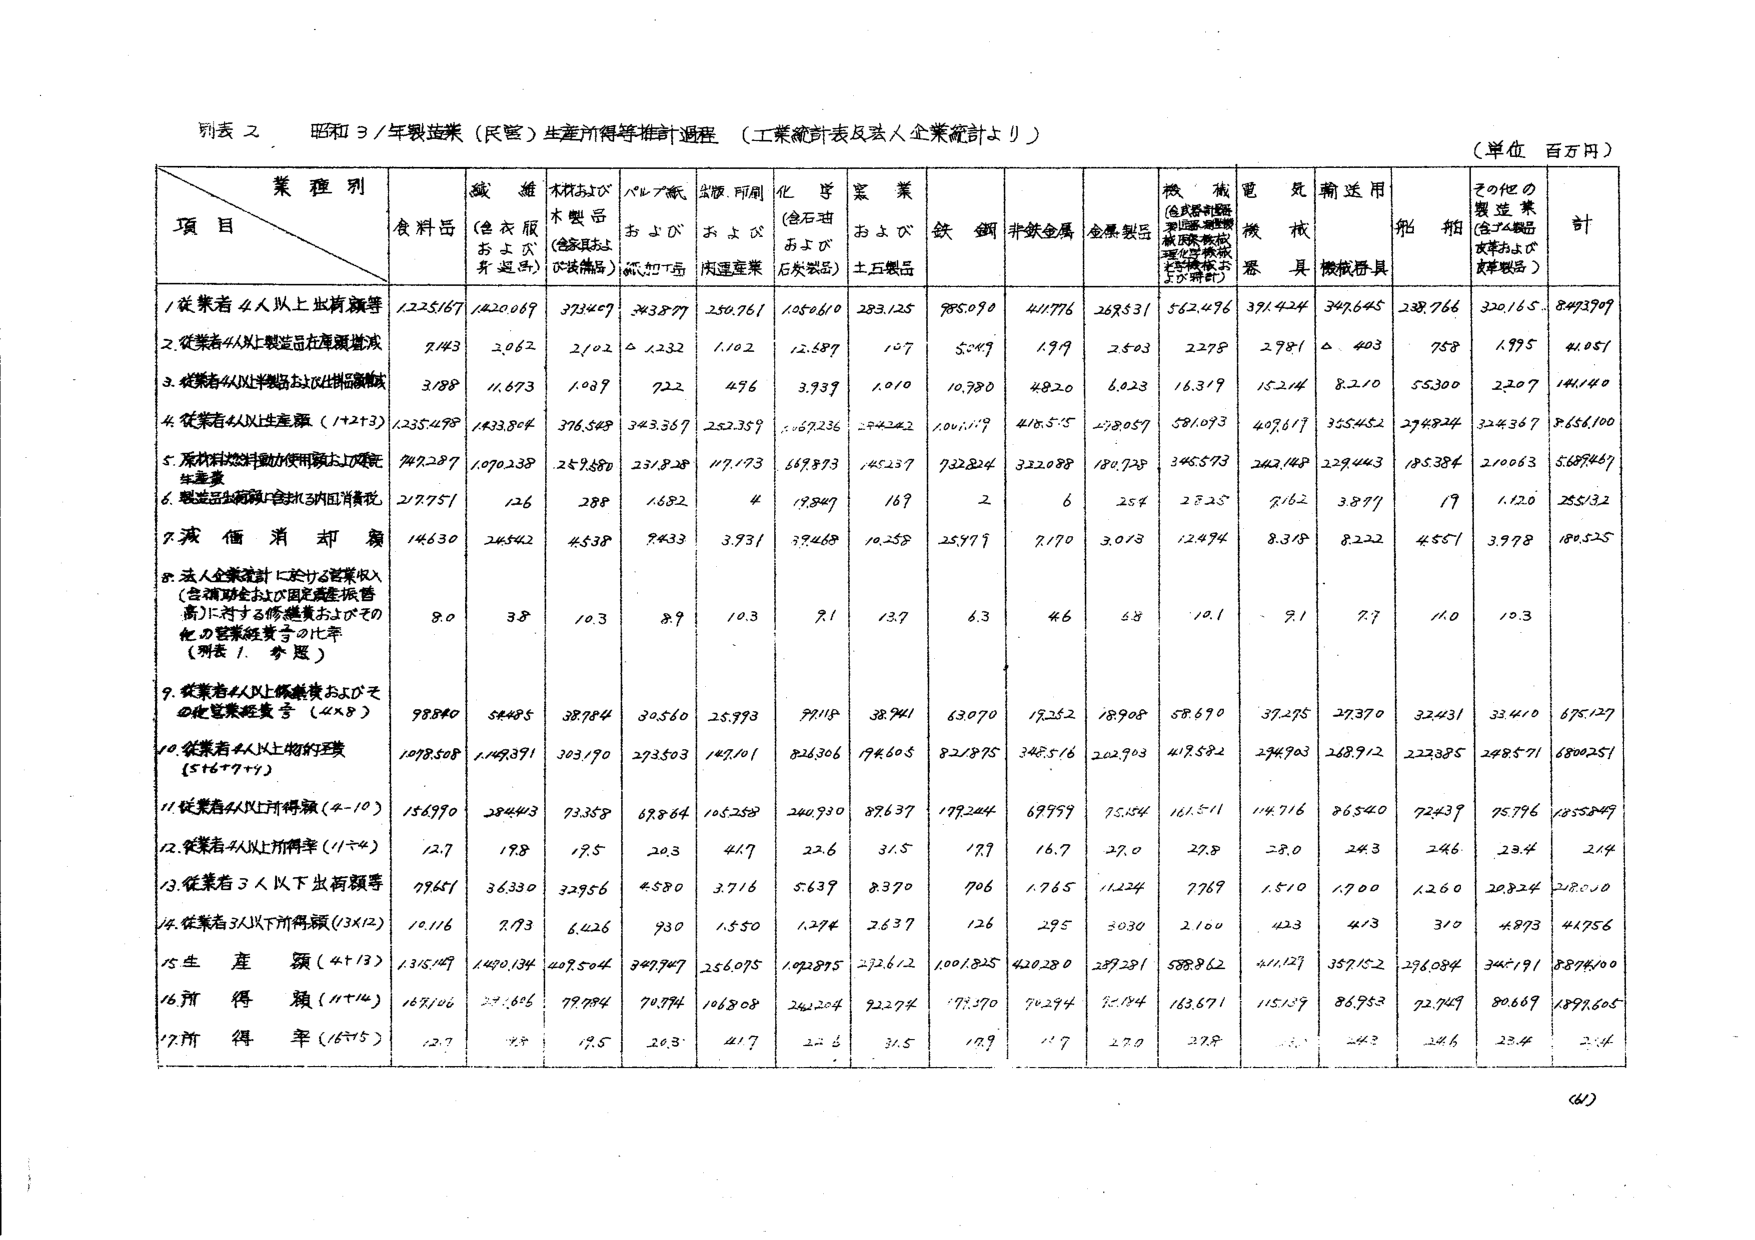
別表 2 昭和37年製造業（民営）生産所得等推計過程（工業統計表及び人企業統計より）

（単位 百万円）

業種別
項目
食料品
繊維（色衣服および身近品）
木材および木製品（含家具および装飾品）
パルプ紙および紙加工品
金属・所用および床運産業
化学（金石油および石炭製品）
窯業および土石製品
鉄鋼
非鉄金属
金属製品
機械（含武器・機械・測定器・電気機械・航空機・船舶・自動車・鉄道車両・電気機械および計器）
電気機器
輸送用機械器具
船舶
その他の製造業（含74製品および皮革製品）
計

1. 従業者4人以上出荷額等
1225167
1420069
373407
343877
250761
1050610
283125
785090
411776
268531
562476
371424
347645
238766
320165
8493707

2. 従業者4人以上製造品在庫額増減
7143
2062
2102
△1232
1102
12587
107
5047
199
2503
2278
2981
△603
758
1995
41051

3. 従業者4人以上半製品および仕掛品増減
3188
11673
1089
722
456
3939
1010
10780
4820
6023
16319
15214
8210
55300
2207
141140

4. 従業者4人以上生産額（1+2+3）
1235498
1433804
376548
343367
252359
1067236
284242
1001119
416515
278057
581093
407617
355452
294824
324367
8656100

5. 原材料および動力使用額および廃棄生産費
747287
1070238
259680
251828
117173
697873
145237
732824
322088
180728
345573
242148
229443
185384
210063
5687447

6. 製造品出荷額中含む3の国内消費税
217751
126
288
1652
4
19547
169
2
6
254
2525
7162
3877
19
1120
255132

7. 演価消却額
14630
24542
4538
9433
3931
39468
10258
25777
7170
3013
12494
8318
8222
4551
3978
180525

8. 法人企業統計における営業収入（含請負および固定資産販売高）に対する修繕費およびその他の営業経費等の比率（別表1参照）
8.0
3.8
10.3
8.9
10.3
9.1
13.7
6.3
4.6
6.8
10.1
9.1
7.7
11.0
10.3

9. 従業者4人以上修繕費およびその他営業経費等（4×8）
98840
54485
38784
30560
25973
97118
38941
63070
18252
18908
58690
37275
27370
32431
33410
675127

10. 従業者4人以上物的生産（5+6+7+9）
1078508
1149391
303170
273503
147101
826306
174605
821875
348516
202903
417582
294703
268912
222385
248571
6800251

11. 従業者4人以上所得額（4-10）
156970
28443
73358
69864
105258
240930
87637
178244
69759
75154
161511
114716
86540
72439
75796
1255849

12. 従業者4人以上所得率（11÷4）
12.7
1.98
19.5
20.3
41.7
22.6
31.5
17.9
16.7
27.0
27.8
29.0
24.3
24.6
23.4
21.4

13. 従業者3人以下出荷額等
99641
36330
32956
4580
3716
5639
8370
706
1765
11224
7769
1510
1700
1260
20824
218010

14. 従業者3人以下所得額（13×12）
10116
773
6426
930
1550
1294
2637
126
295
3030
2160
423
413
310
4873
44756

15. 生産額（4+13）
1315149
1470134
409504
347947
256075
1072875
292612
1001825
420280
289281
588862
411127
357152
296084
345191
8874100

16. 所得額（11+14）
167106
29165
79784
70794
106808
242204
92274
178370
70294
80184
163671
115139
86953
72749
80669
1299605

17. 所得率（16÷15）
12.7
1.98
19.5
20.3
41.7
22.6
31.5
17.9
16.7
27.0
27.8
29.0
24.3
24.6
23.4
21.4

（61）